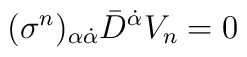
(\sigma^{n})_{\alpha \dot{\alpha}}\bar{D}^{\dot{\alpha}}V_{n} = 0